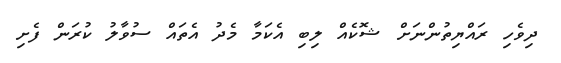
ދިވެހި ރައްޔިތުންނަށް ޝޮކެއް ލިބި އެކަމާ މެދު އެތައް ސުވާލު ކުރަން ފެށި